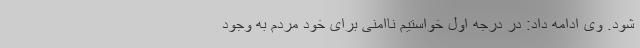
شود. وی ادامه داد: در درجه اول خواستیم ناامنی برای خود مردم به وجود